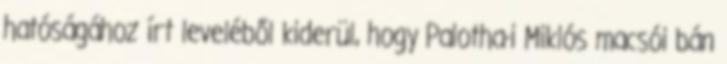
hatóságához írt leveléből kiderül, hogy Palotha-i Miklós macsói bán